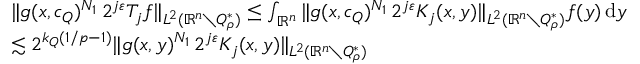
\begin{array} { r l } & { \| g ( x , c _ { Q } ) ^ { N _ { 1 } } \, 2 ^ { j \varepsilon } T _ { j } f \| _ { L ^ { 2 } ( \mathbb { R } ^ { n } \setminus Q _ { \rho } ^ { * } ) } \leq \int _ { \mathbb { R } ^ { n } } \| g ( x , c _ { Q } ) ^ { N _ { 1 } } \, 2 ^ { j \varepsilon } K _ { j } ( x , y ) \| _ { L ^ { 2 } ( \mathbb { R } ^ { n } \setminus Q _ { \rho } ^ { * } ) } f ( y ) \, \mathrm { d } y } \\ & { \lesssim 2 ^ { k _ { Q } ( 1 / p - 1 ) } \| g ( x , y ) ^ { N _ { 1 } } \, 2 ^ { j \varepsilon } K _ { j } ( x , y ) \| _ { L ^ { 2 } ( \mathbb { R } ^ { n } \setminus Q _ { \rho } ^ { * } ) } } \end{array}